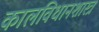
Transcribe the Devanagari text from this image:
कालविधानशास्त्रं